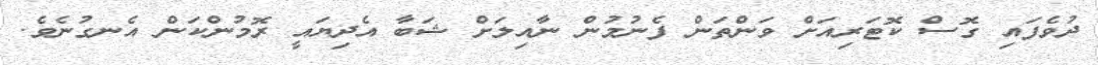
ދުވެފައި ގޮސް ކޮޓަރިއަށް ވަންތަން ފެނުމުން ނާއިލަށް ޝަބާ އެދިޔައީ ރޮމުންކަން އެނގުނެވެ.